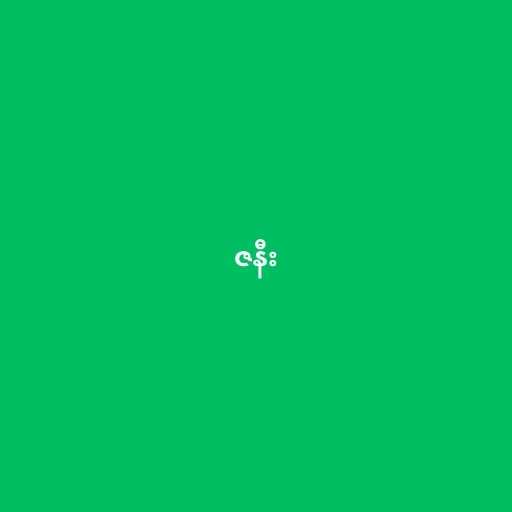
ဇနီး